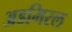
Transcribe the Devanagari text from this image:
अडमिरल